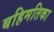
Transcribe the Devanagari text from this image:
बहिमतिका